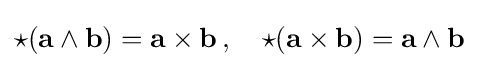
{\star }(\mathbf {a} \wedge \mathbf {b} )=\mathbf {a\times b} \,,\quad {\star }(\mathbf {a\times b} )=\mathbf {a} \wedge \mathbf {b}